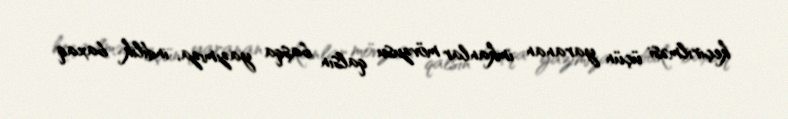
keçirilməsi üçün yaranan imkanlar mövzusu qalsın başqa yazımıza, indilik baxaq